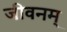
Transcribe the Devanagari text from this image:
जीवनम्‌